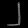
Digit: ၂